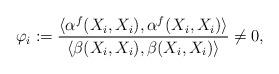
LaTeX: \begin{align*} \varphi_i:=\frac{\langle\alpha^f(X_i,X_i),\alpha^f(X_i,X_i)\rangle}{\langle \beta(X_i,X_i),\beta(X_i,X_i)\rangle}\neq 0,\end{align*}